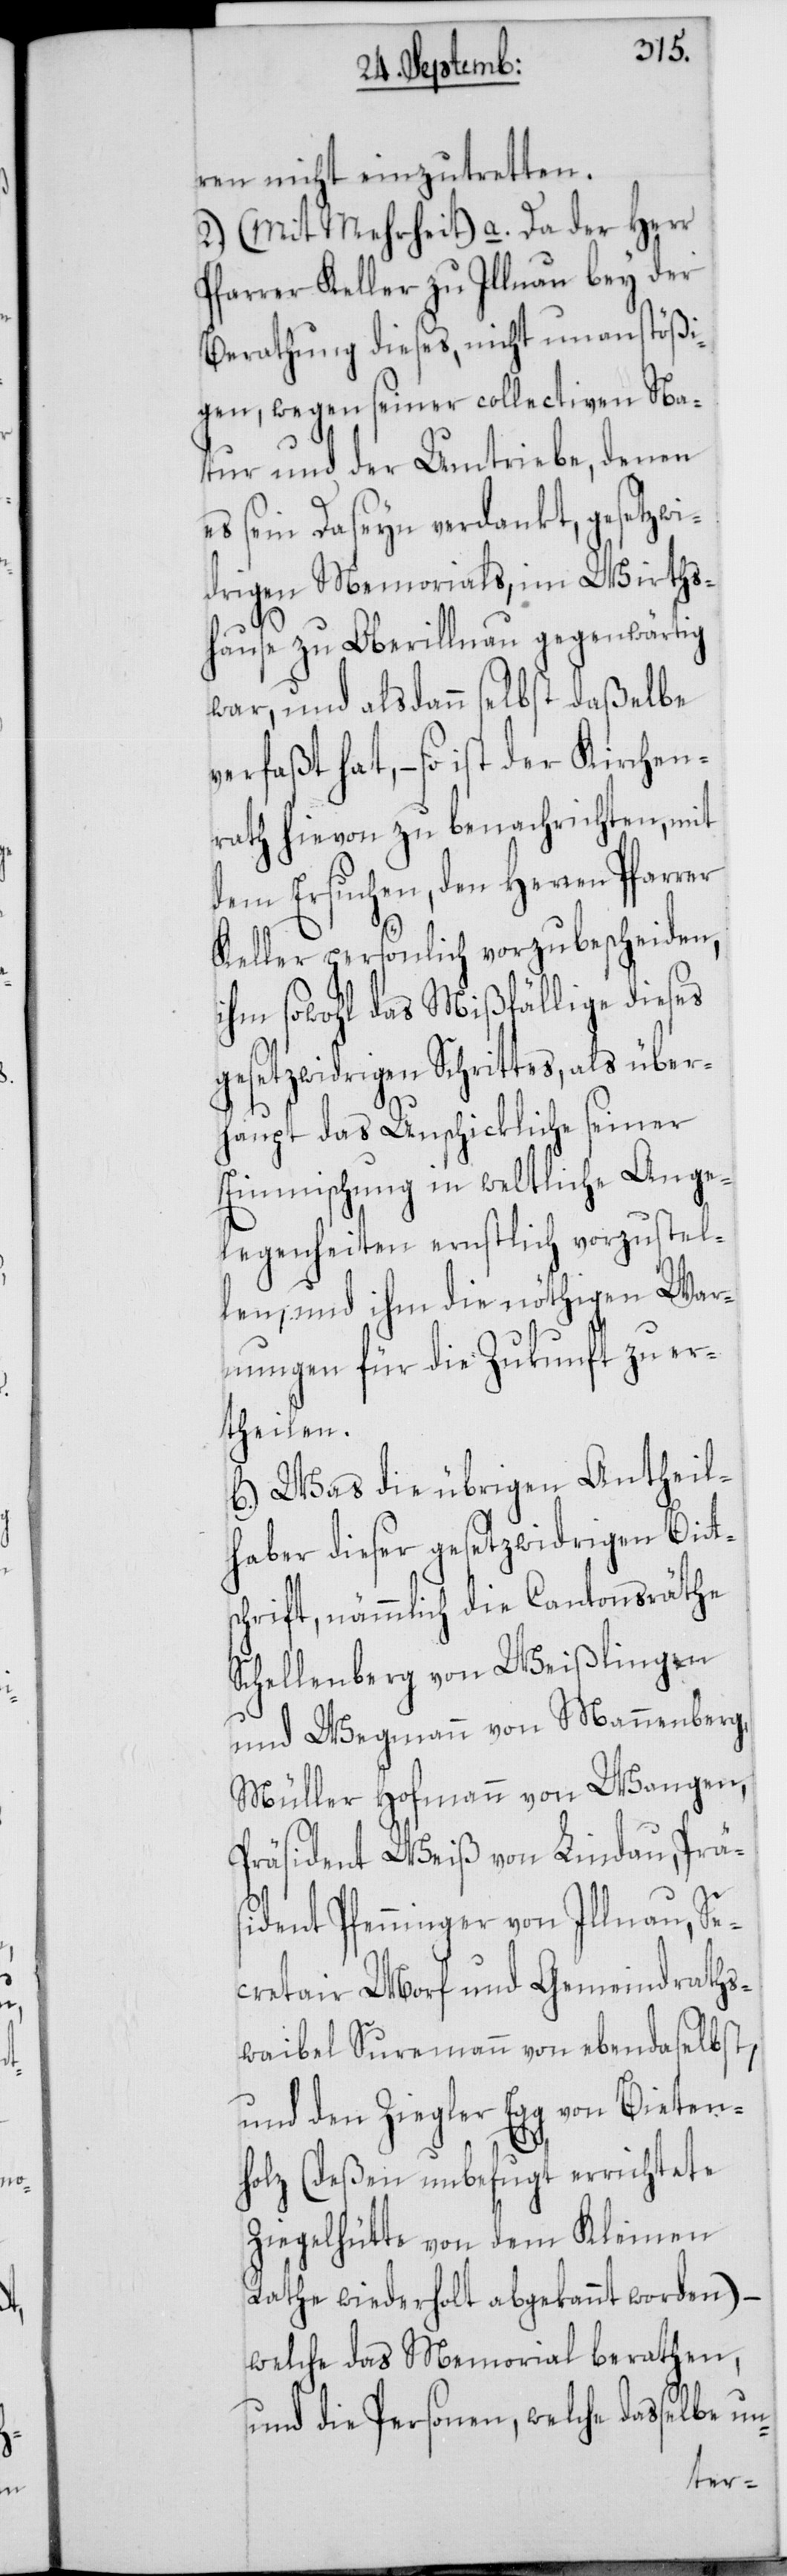
ren nicht einzutretten.
2.) (Mit Mehrheit) a. Da der Herr
Pfarrer Keller zu Illnau bey der
Berathung dieses, nicht unanstößi¬
gen, wegen seiner collectiven Na¬
tur und der Umtriebe, denen
es sein Daseyn verdankt, gesetzwi¬
drigen Memorials, im Wirths¬
hause zu Oberillnau gegenwärtig
war, und alsdann selbst daßelbe
verfaßt hat, – so ist der Kirchen¬
rath hievon zu benachrichten, mit
dem Ersuchen, den Herren Pfarrer
Keller persönlich vorzubescheiden,
ihm sowohl das Mißfällige dieses
gesetzwidrigen Schrittes, als über¬
haupt das Unschickliche seiner
Einmischung in weltliche Ange¬
legenheiten ernstlich vorzustel¬
len, und ihm die nöthigen Wa¬
rnungen für die Zukunft zu er¬
theilen.
b. Was die übrigen Antheil¬
haber dieser gesetzwidrigen Bitts¬
chrift, nämmlich die Cantonsräthe
Schellenberg von Weißlingen
und Wegmann von Mannenberg,
Müller Hofmann von Wangen,
Präsident Weiß von Lindau, Präs¬
ident Pfenninger von Illnau, Se¬
cretair Morf und Gemeindraths¬
waibel Suremann von ebendaselbst,
und den Ziegler Egg von Bieten¬
holz (deßen unbefugt errichtete
Ziegelhütte von dem Kleinen
Rathe wiederholt abgekannt worden),
welche das Memorial berathen,
und die Personen, welche dasselbe un-